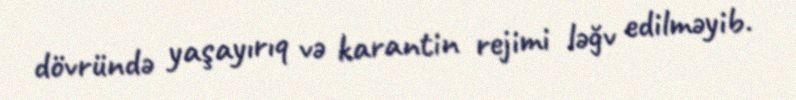
dövründə yaşayırıq və karantin rejimi ləğv edilməyib.